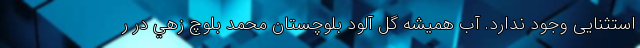
استثنایی وجود ندارد. آب هميشه گل آلود بلوچستان محمد بلوچ زهي در ر